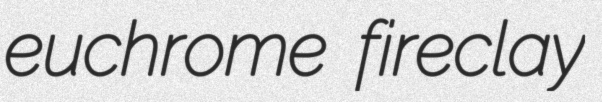
euchrome fireclay